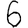
Digit: 6